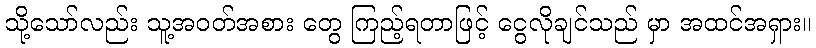
သို့သော်လည်း သူ့အဝတ်အစား တွေ ကြည့်ရတာဖြင့် ငွေလိုချင်သည် မှာ အထင်အရှား။